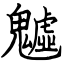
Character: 魖